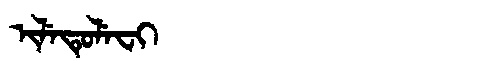
Manchu: ᡳᠯᡝᡨᡠᠯᡝᠸᡳ
Romanization: ILETULEFI